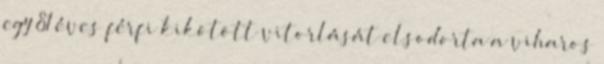
egy 81 éves férfi kikötött vitorlását elsodorta a viharos